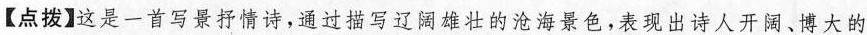
【点拨】这是一首写景抒情诗，通过描写辽阔雄壮的沧海景色，表现出诗人开阔、博大的